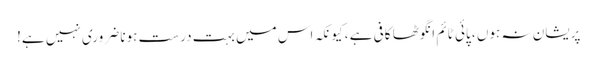
پریشان نہ ہوں ، پائی ٹائم انگوٹھا کافی ہے ، کیونکہ اس میں بہت درست ہونا ضروری نہیں ہے!